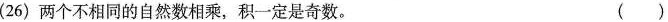
(26)两个不相同的自然数相乘，积一定是奇数。 ()